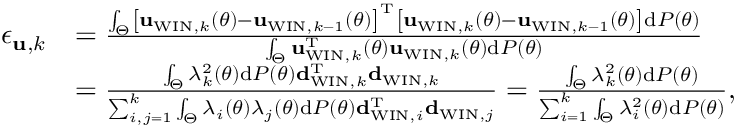
\begin{array} { r l } { { \epsilon _ { { \bf u } , k } } } & { = \frac { \int _ { \Theta } \left[ { { { \bf { u } } _ { \mathrm { W I N } , k } } \left( { \theta } \right) - { { \bf { u } } _ { \mathrm { W I N } , k - 1 } } \left( { \theta } \right) } \right] ^ { \mathrm { T } } \left[ { { { \bf { u } } _ { \mathrm { W I N } , k } } \left( { \theta } \right) - { { \bf { u } } _ { \mathrm { W I N } , k - 1 } } \left( { \theta } \right) } \right] \mathrm { d } { \cal P } \left( \theta \right) } { \int _ { \Theta } { { \bf { u } } _ { \mathrm { W I N } , k } ^ { \mathrm { T } } } \left( { \theta } \right) { { \bf { u } } _ { \mathrm { W I N } , k } } \left( { \theta } \right) \mathrm { d } { \cal P } \left( \theta \right) } } \\ & { = \frac { \int _ { \Theta } \lambda _ { k } ^ { 2 } \left( \theta \right) \mathrm { d } { \cal P } \left( \theta \right) { \bf d } _ { \mathrm { W I N } , k } ^ { \mathrm { T } } { \bf d } _ { \mathrm { W I N } , k } } { \sum _ { i , j = 1 } ^ { k } \int _ { \Theta } \lambda _ { i } \left( \theta \right) \lambda _ { j } \left( \theta \right) \mathrm { d } { \cal P } \left( \theta \right) { \bf d } _ { \mathrm { W I N } , i } ^ { \mathrm { T } } { \bf d } _ { \mathrm { W I N } , j } } = \frac { \int _ { \Theta } \lambda _ { k } ^ { 2 } \left( \theta \right) \mathrm { d } { \cal P } \left( \theta \right) } { \sum _ { i = 1 } ^ { k } \int _ { \Theta } \lambda _ { i } ^ { 2 } \left( \theta \right) \mathrm { d } { \cal P } \left( \theta \right) } , } \end{array}